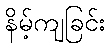
နိမ့်ကျခြင်း